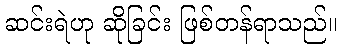
ဆင်းရဲဟု ဆိုခြင်း ဖြစ်တန်ရာသည်။